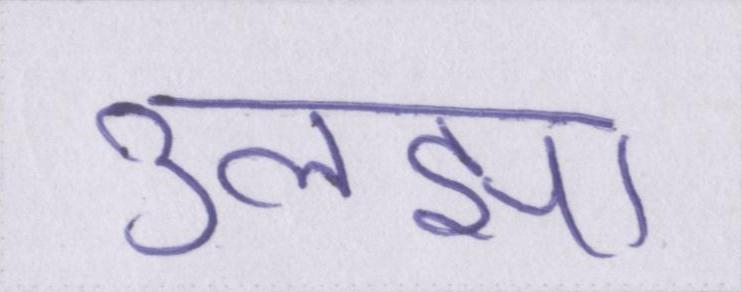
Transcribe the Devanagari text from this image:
उलझा